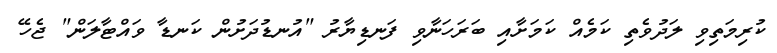
ކުރިމަތިވި ލަދުވެތި ކަމެއް ކަމަށާއި ބަރަހަނާވި ފަނޑިޔާރު "އުނޑުދަށުން ކަނޑާ ވައްޓާލަން" ޖެހޭ